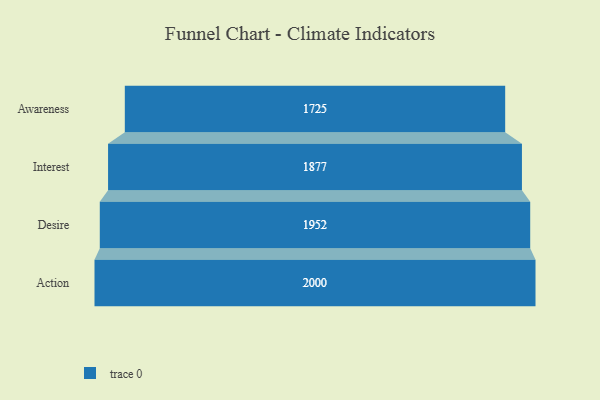
{"axis": {"x": "Stage", "y": "Value"}, "legend": [""], "data": [{"x": "Awareness", "y": 1725.0, "type": ""}, {"x": "Interest", "y": 1877.0, "type": ""}, {"x": "Desire", "y": 1952.0, "type": ""}, {"x": "Action", "y": 2000, "type": ""}]}